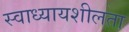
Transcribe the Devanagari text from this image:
स्वाध्यायशीलता